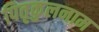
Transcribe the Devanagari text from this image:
पितृकुलनाम